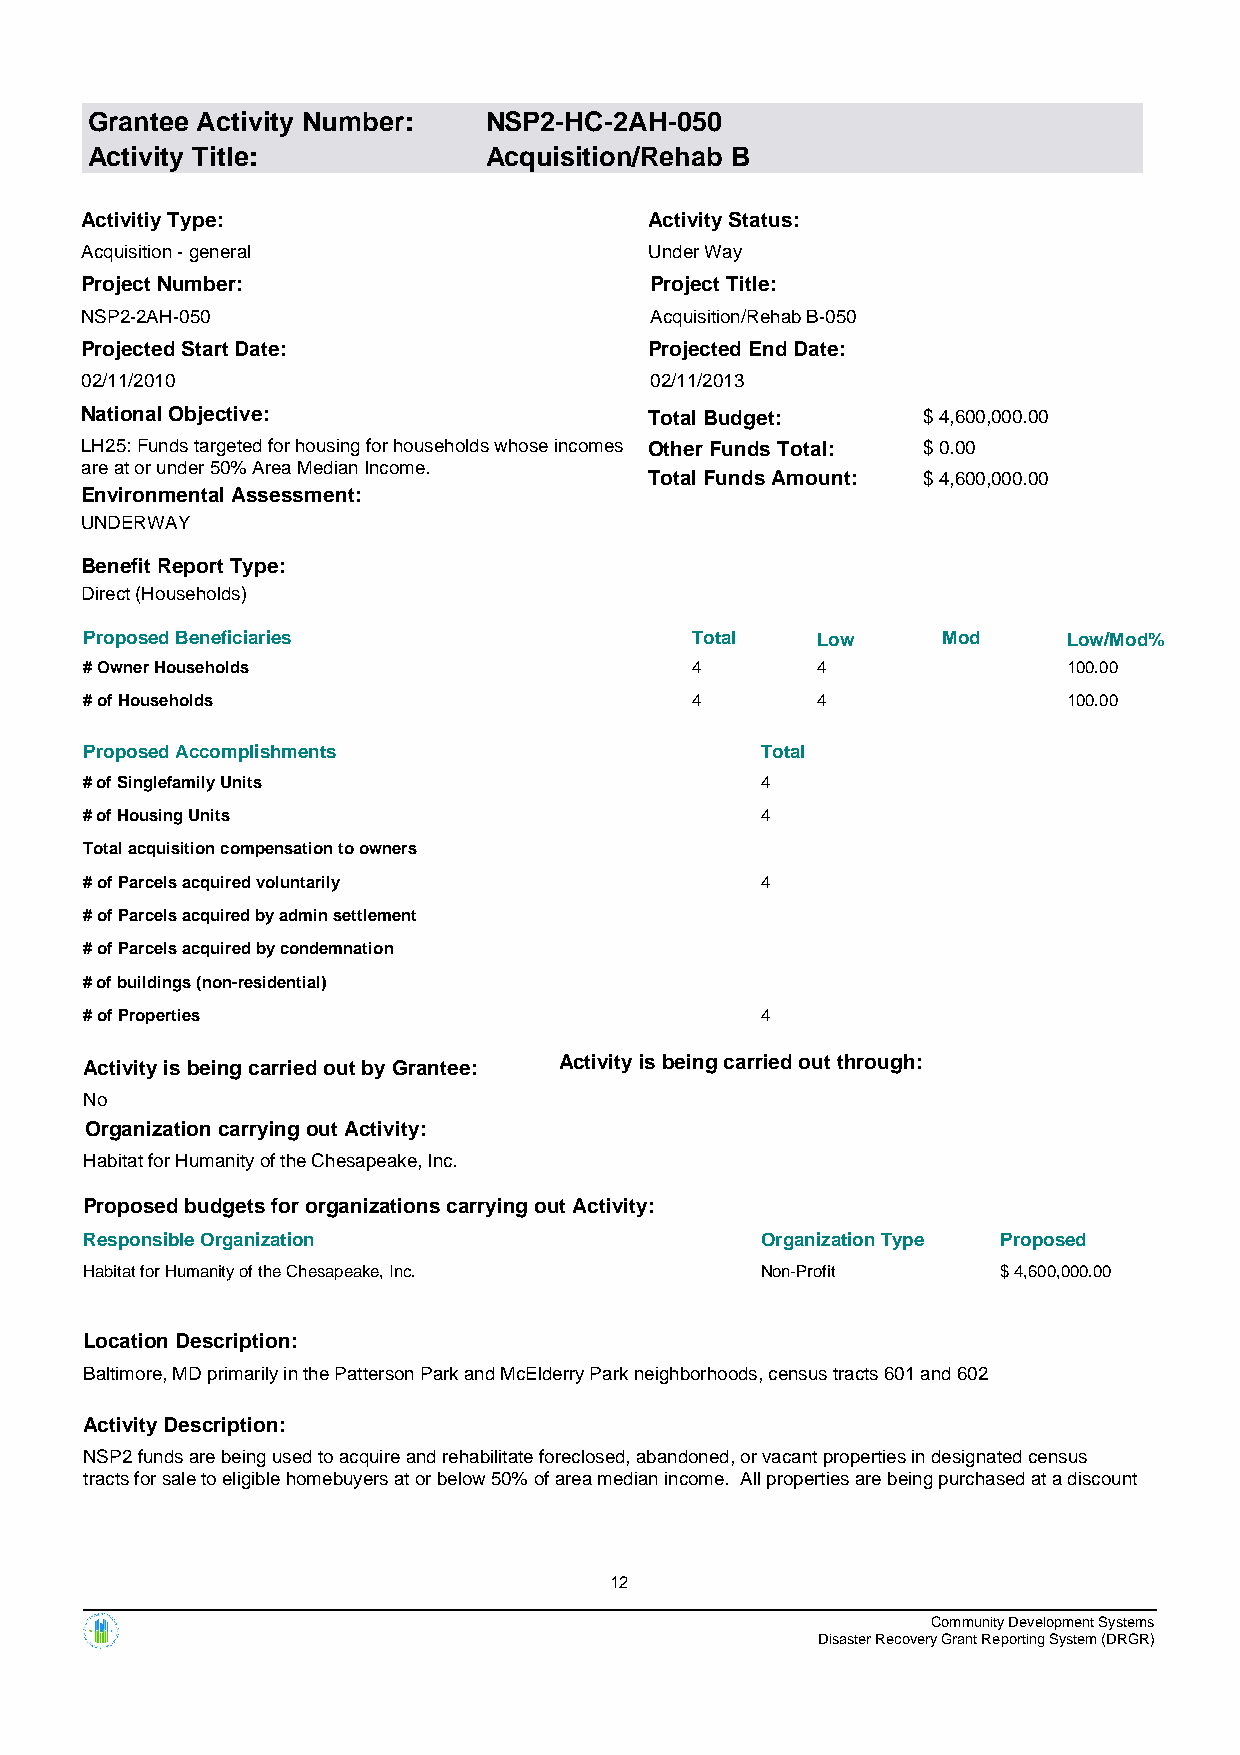
Grantee Activity Number:  NSP2-HC-2AH-050
 Activity Title:           Acquisition/Rehab B
 Activitiy Type:                       Activity Status:
 Acquisition - general                 Under Way
 Project Number:                       Project Title:
 NSP2-2AH-050                          Acquisition/Rehab B-050
 Projected Start Date:                 Projected End Date:
 02/11/2010                            02/11/2013
 National Objective:                   Total Budget:     $ 4,600,000.00
 LH25: Funds targeted for housing for households whose incomes Other Funds Total: $ 0.00
 are at or under 50% Area Median Income.
 Total Funds Amount: $ 4,600,000.00
 Environmental Assessment:
 UNDERWAY
 Benefit Report Type:
 Direct (Households)
 Proposed Beneficiaries                  Total   Low     Mod      Low/Mod%
 # Owner Households                      4       4                100.00
 # of Households                         4       4                100.00
 Proposed Accomplishments                    Total
 # of Singlefamily Units                     4
 # of Housing Units                          4
 Total acquisition compensation to owners
 # of Parcels acquired voluntarily           4
 # of Parcels acquired by admin settlement
 # of Parcels acquired by condemnation
 # of buildings (non-residential)
 # of Properties                             4
 Activity is being carried out by Grantee: Activity is being carried out through:
 No
 Organization carrying out Activity:
 Habitat for Humanity of the Chesapeake, Inc.
 Proposed budgets for organizations carrying out Activity:
 Responsible Organization                    Organization Type Proposed
 Habitat for Humanity of the Chesapeake, Inc. Non-Profit     $ 4,600,000.00
 Location Description:
 Baltimore, MD primarily in the Patterson Park and McElderry Park neighborhoods, census tracts 601 and 602
 Activity Description:
 NSP2 funds are being used to acquire and rehabilitate foreclosed, abandoned, or vacant properties in designated census
 tracts for sale to eligible homebuyers at or below 50% of area median income. All properties are being purchased at a discount
 12
 Community Development Systems
 Disaster Recovery Grant Reporting System (DRGR)